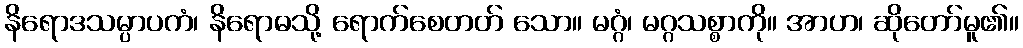
နိရောဒသမ္ပာပကံ၊ နိရောဓသို့ ရောက်စေတတ် သော။ မဂ္ဂံ၊ မဂ္ဂသစ္စာကို။ အာဟ၊ ဆိုတော်မူ၏။